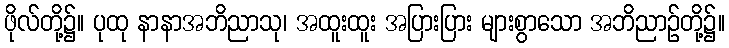
ဖိုလ်တို့၌။ ပုထု နာနာအဘိညာသု၊ အထူးထူး အပြားပြား များစွာသော အဘိညာဉ်တို့၌။